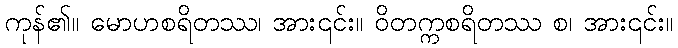
ကုန်၏။ မောဟစရိတဿ၊ အား၎င်း။ ဝိတက္ကစရိတဿ စ၊ အား၎င်း။